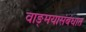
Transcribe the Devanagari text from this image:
वाङ्‌मयासंबंधात